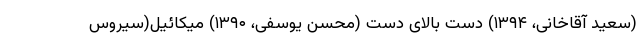
(سعید آقاخانی، ۱۳۹۴) دست بالای دست (محسن یوسفی، ۱۳۹۰) میکائیل(سیروس